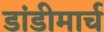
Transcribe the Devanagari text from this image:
डांडीमार्च